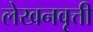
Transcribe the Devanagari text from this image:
लेखनवृत्ती